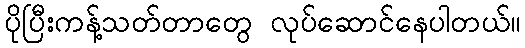
ပိုပြီးကန့်သတ်တာတွေ လုပ်ဆောင်နေပါတယ်။